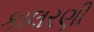
કાલરણી